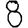
Digit: 8